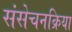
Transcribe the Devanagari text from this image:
संसेचनक्रिया